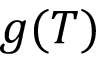
g ( T )